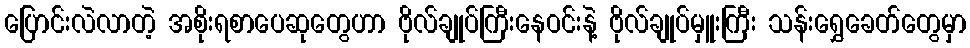
ပြောင်းလဲလာတဲ့ အစိုးရစာပေဆုတွေဟာ ဗိုလ်ချုပ်ကြီးနေဝင်းနဲ့ ဗိုလ်ချုပ်မှူးကြီး သန်းရွှေခေတ်တွေမှာ